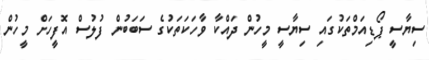
ސިޔާސީ ޕޯޑިއަމްތަކުގައި ސިޔާސީ މީހުން ދައްކާ ވާހަކަތަކުގެ ސަބަބުން ފުލުސް އޮފީހަށް މީހުން